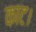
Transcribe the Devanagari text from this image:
काट।